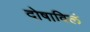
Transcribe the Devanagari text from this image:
दोषाविलं